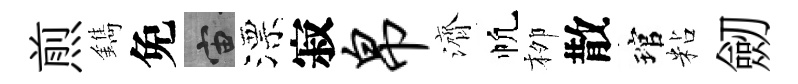
煎鐫免宙漂寂帛濟帆栁散琯粘劒